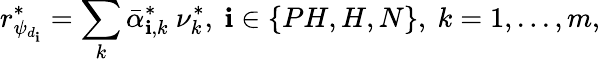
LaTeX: r_{\psi_{d_{\mathbf{i}}}}^{*}=\sum_{k}\bar{{\alpha}}_{\mathbf{i},k}^{*}\ \nu_{k}^{*},\ \mathbf{i}\in\{ PH,H,N\} ,\ k=1,...,m,